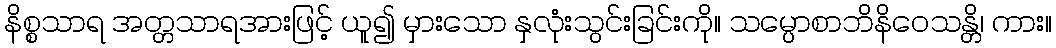
နိစ္စသာရ အတ္တသာရအားဖြင့် ယူ၍ မှားသော နှလုံးသွင်းခြင်းကို။ သမ္ပောစာဘိနိဝေသန္တိ၊ ကား။